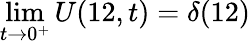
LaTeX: \operatorname*{lim}_{t\to 0^{+}}U(12,t)=\delta(12)